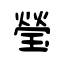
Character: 瑩